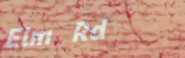
Elm Rd